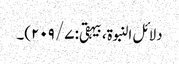
دلائل النبوۃ، بیہقی: ۷/ ۲۰۹)۔